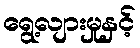
ရွေ့လျားမှုနှင့်